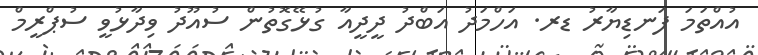
އުއްތަމަ ފަނޑިޔާރު ޑރ. އަހްމަދު އަބްދު ދީދީއާ ގުޅޭގޮތުން ސުއޫދު ވިދާޅުވީ ސުޕްރީމް